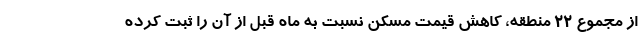
از مجموع 22 منطقه، کاهش قیمت مسکن نسبت به ماه قبل از آن را ثبت کرده